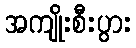
အကျိုးစီးပွား